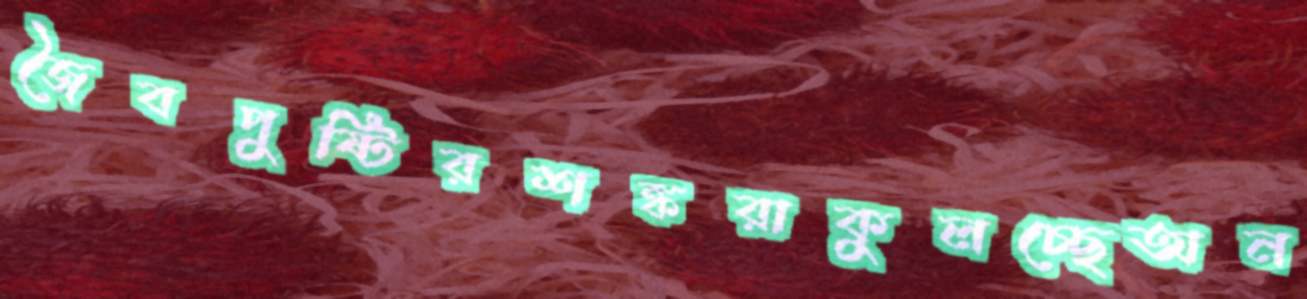
জৈবপুষ্টিরশঙ্করাকুলচ্ছেঅন